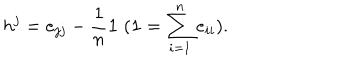
LaTeX: h ^ { j } = e _ { j j } - \frac { 1 } { n } { \bf 1 } \; ( { \bf 1 } = \sum _ { i = 1 } ^ { n } e _ { i i } ) .